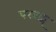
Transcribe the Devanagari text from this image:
परब्रह्म्